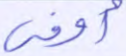
أوفى